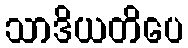
သာဒိယတိပေ